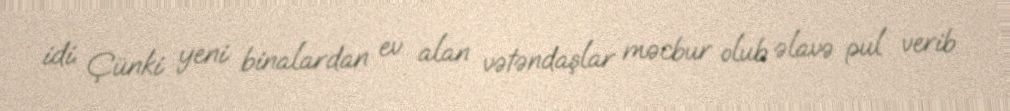
idi. Çünki yeni binalardan ev alan vətəndaşlar məcbur olub əlavə pul verib